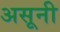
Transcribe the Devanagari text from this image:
असूनी